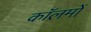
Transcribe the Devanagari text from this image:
काॅलमों